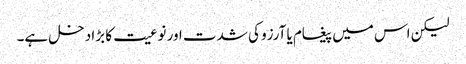
لیکن اس میں پیغام یا آرزو کی شدت اور نوعیت کا بڑا دخل ہے۔